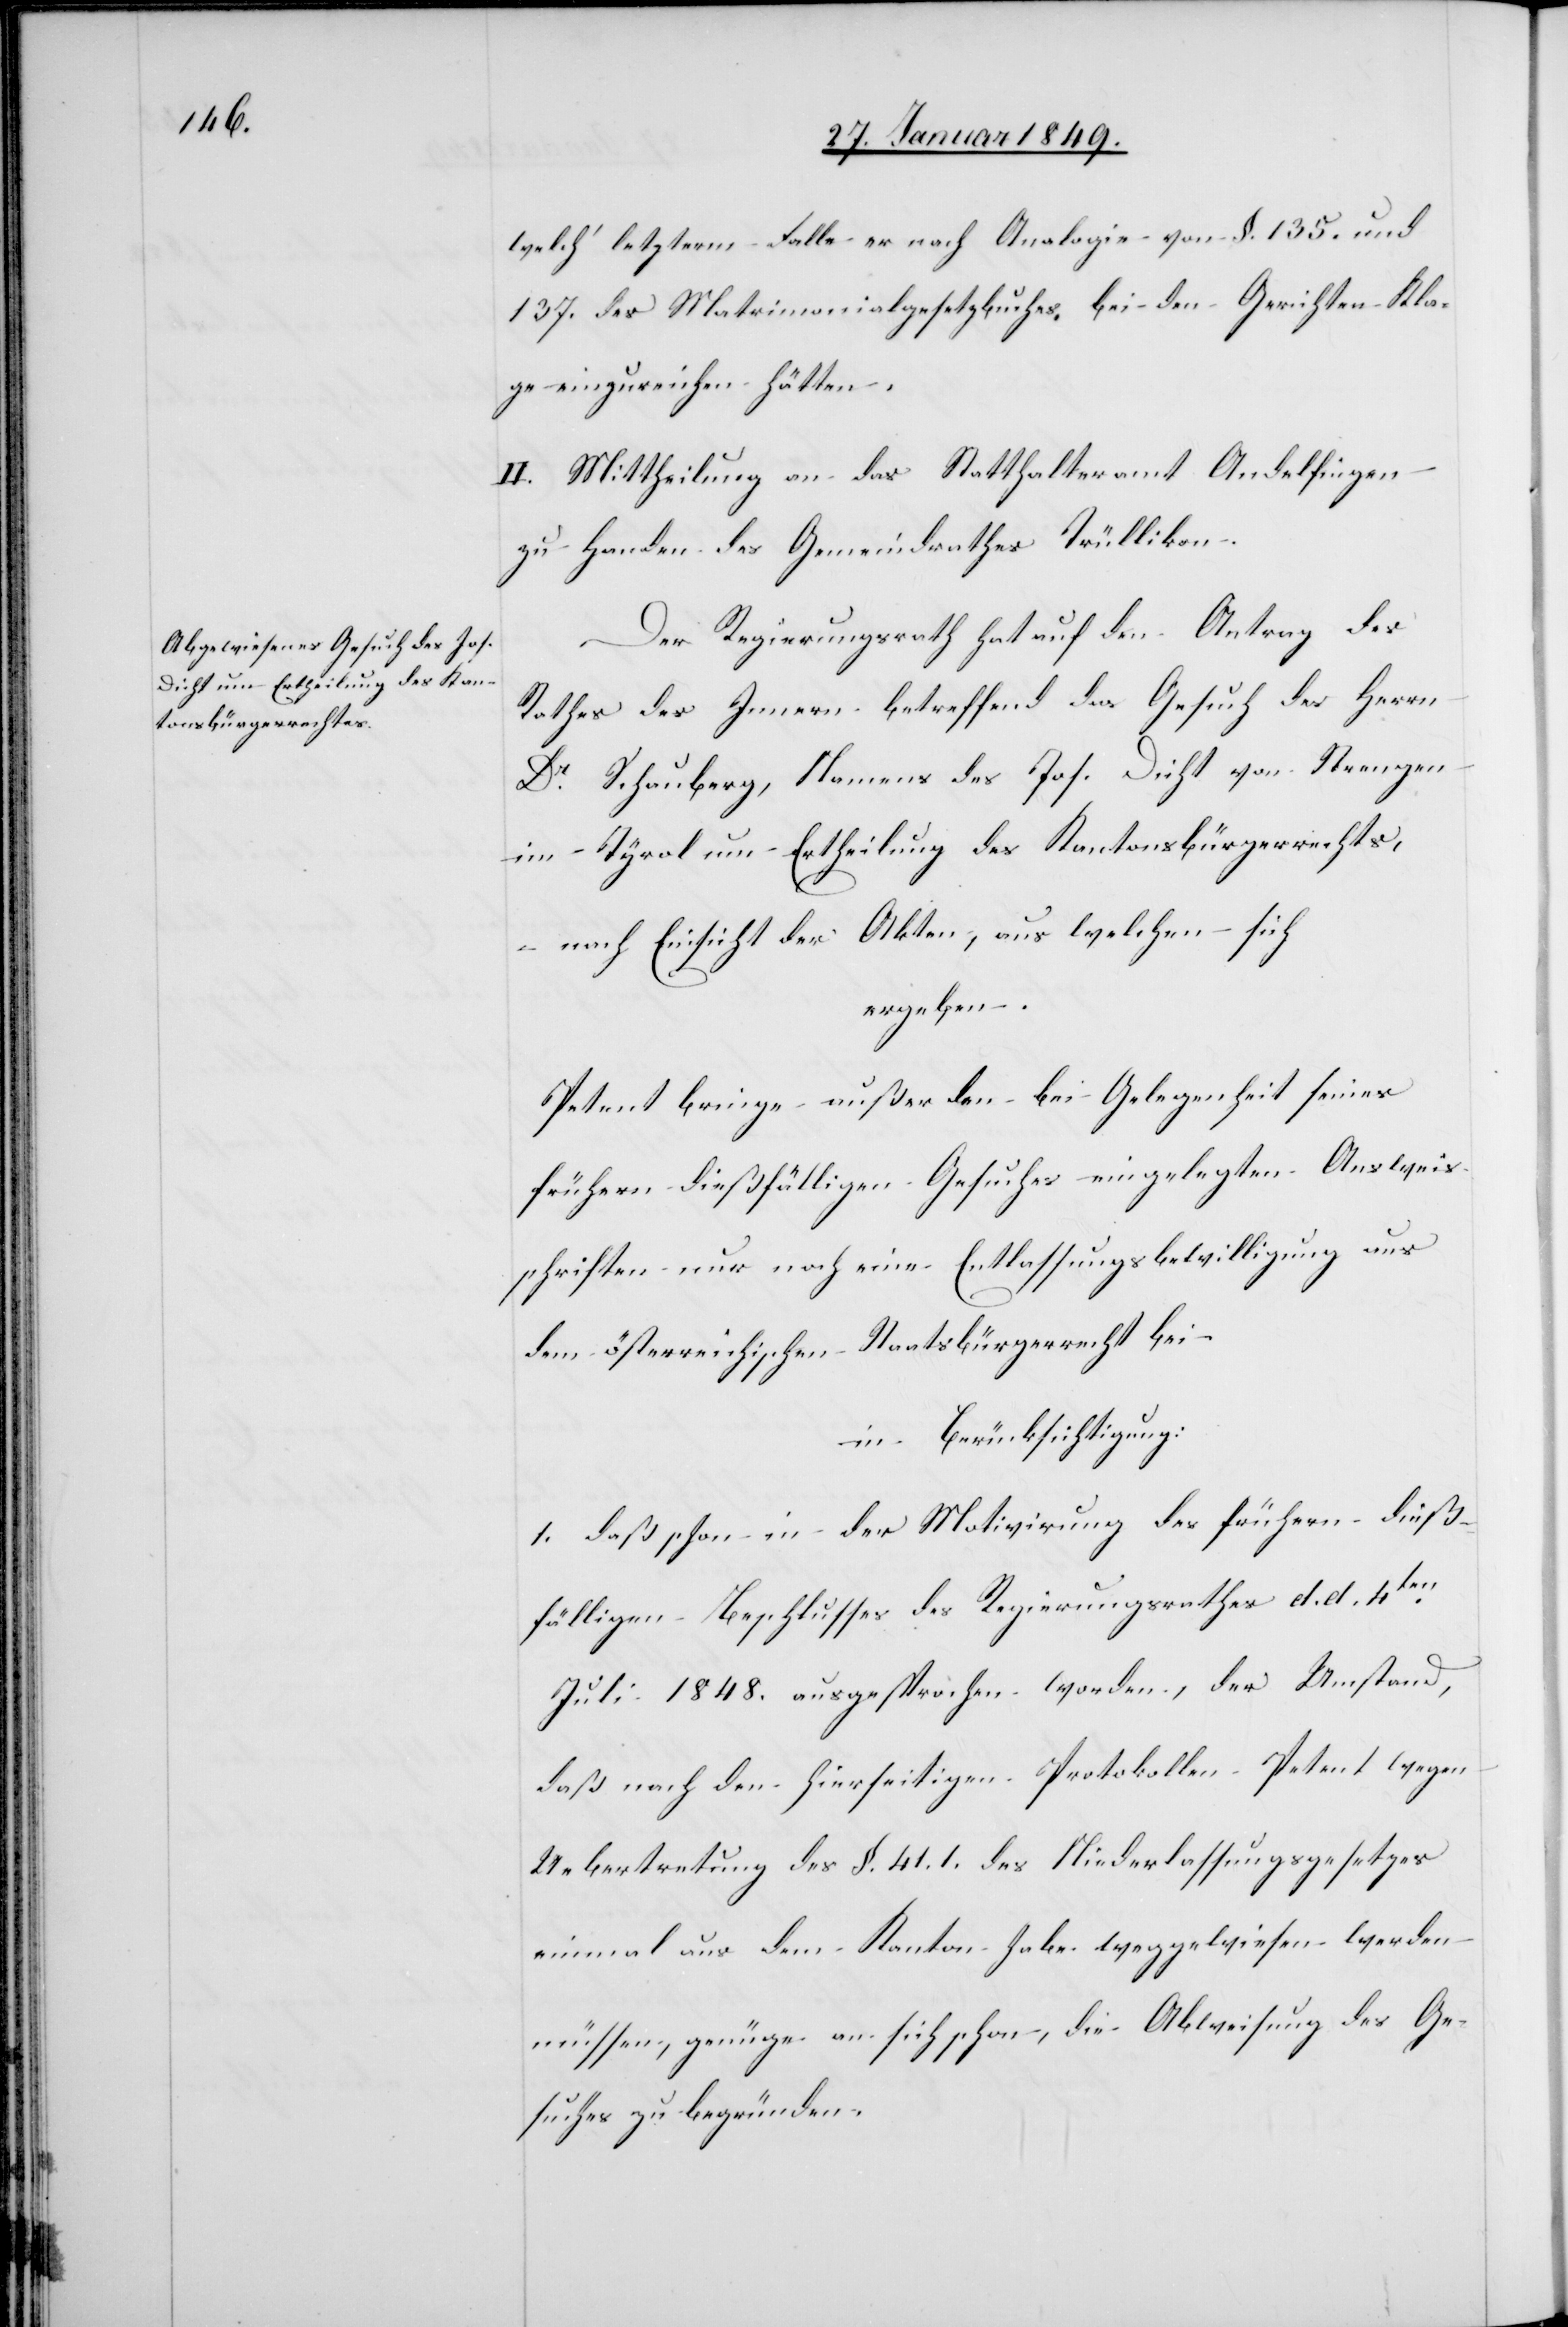
welch’ letzterm Falle er nach Analogie von §. 135. und
137. des Matrimonialgesetzbuches bei den Gerichten Kla¬
ge einzureichen hätten.
II. Mittheilung an das Statthalteramt Andelfingen
zu Handen des Gemeindrathes Trüllikon.
Der Regierungsrath hat auf den Antrag des
Rathes des Innern betreffend das Gesuch des Herrn
Dr. Schauberg, Namens des Jos. Dicht von Strengen
im Tyrol um Ertheilung des Kantonsbürgerrechts,
– nach Einsicht der Akten, aus welchen sich
ergeben.
Petent bringe außer den bei Gelegenheit seines
frühern dießfälligen Gesuches eingelegten Ausweis¬
schriften nur noch eine Entlassungsbewilligung aus
dem österreichischen Staatsbürgerrecht bei.
in Berücksichtigung:
1. daß schon in der Motivirung des frühern dieß¬
fälligen Beschlusses des Regierungsrathes d. d. 4ten.
Juli 1848. ausgesprochen worden, der Umstand,
daß nach den hierseitigen Protokollen Petent wegen
Uebertretung des §. 41. 1. des Niederlassungsgesetzes
einmal aus dem Kanton habe weggewiesen werden
müssen, genüge an sich schon, die Abweisung des Ge¬
suchs zu begründen.